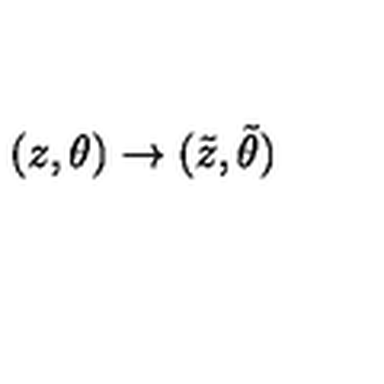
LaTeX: ( z , \theta ) \rightarrow ( { \tilde { z } } , { \tilde { \theta } } )